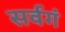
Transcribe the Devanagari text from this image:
सर्वगं